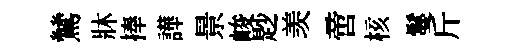
鷥牀捧譁景峻尟羡啻核鬘斤